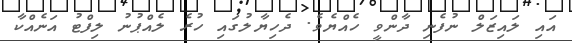
އައި ލައިޒަލް ނުފެނި ދާންވީ ހެއްޔެވެ. ދެހިޔާލުގައި ހުރެ ލެއްޕުނު ލިފްޓު އަނެއްކާ